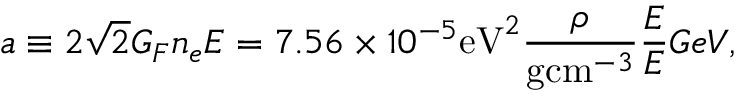
a \equiv 2 \sqrt { 2 } G _ { F } n _ { e } E = 7 . 5 6 \times 1 0 ^ { - 5 } \mathrm { e V } ^ { 2 } \frac { \rho } { \mathrm { g c m } ^ { - 3 } } \frac { E } { E } { G e V } ,